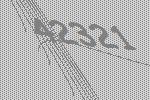
42321